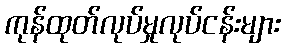
ကုန်ထုတ်လုပ်မှုလုပ်ငန်းများ